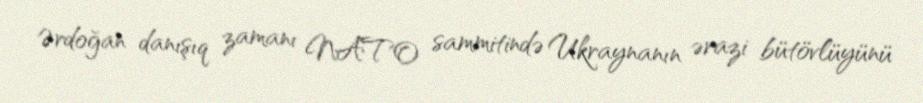
Ərdoğan danışıq zamanı NATO sammitində Ukraynanın ərazi bütövlüyünü